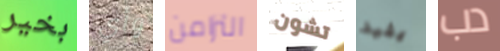
بخير وأي التزامن تشون يفيد دب